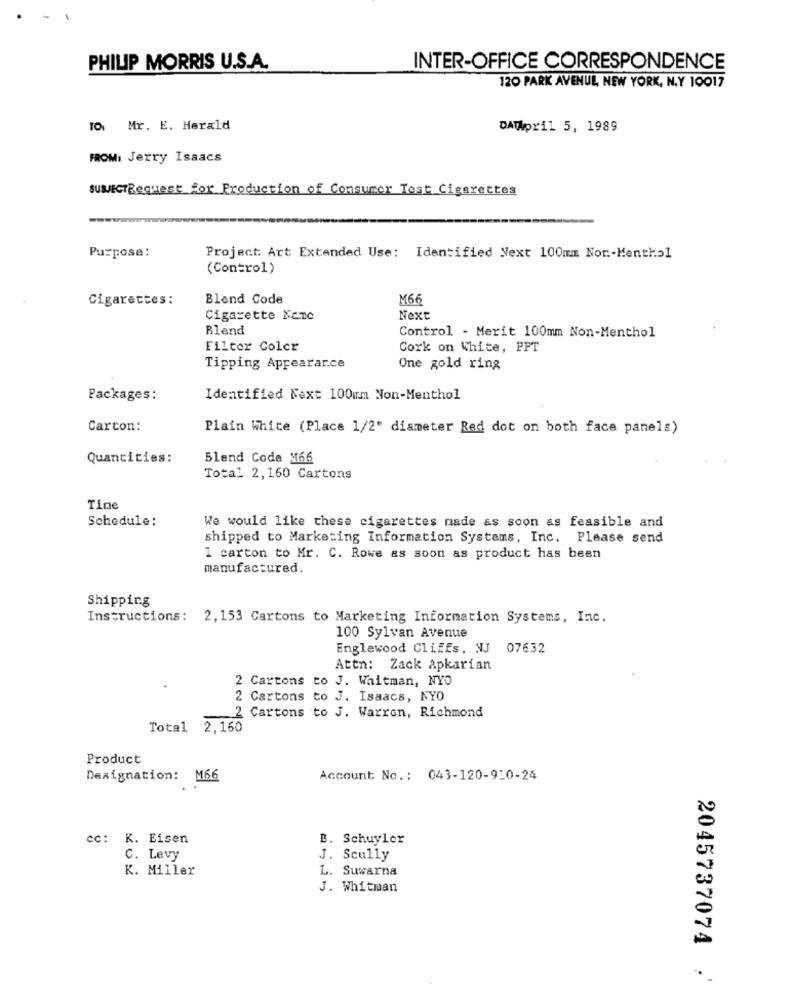
PHILIP MORRIS U.S.A.
INTER-OFFICE CORRESPONDENCE
120 PARK AVENUE, NEW YORK, N.Y 10017
10. Mr. E. Herald
DATApril 5, 1989
FROM: Jerry Isaacs
SUBJECTRequest for Production of Consumer Tost Cigarettes
Purpose:
Project: Art Extended Use: Identified Next 100mm Nor .- Menthol
(Control)
Cigarettes:
Blend Code
M66
Cigarette Nene
Next
Blend
Control - Merit 100mm Non-Menthol
Filter Coler
Cork on White, PPT
Tipping Appeararce
One gold ring
Packages:
Identified Next 100mm Non-Menthol
Carton:
Plain White (Place 1/2" diameter Red dot on both face panels)
Quantities:
Blend Code X66
Total 2,160 Cartons
Tine
Schedule:
We would like these cigarettes nade as soon as feasible and
shipped to Marketing Information Systems, Inc. Please send
1 carton to Mr. C. Rowe as soon as product has been
manufactured.
Shipping
Instructions: 2, 153 Cartons to Marketing Information Systems, Inc.
100 Sylvan Avenue
Englewood Cliffs, NJ 07632
Attn: Zack Apkarian
2 Cartons to J. Whitman, NYO
2 Cartons to J. Isaacs, NYO
2 Cartons to J. Warren, Richmond
Total 2,160
Product
Designation: M66
Account: No. : 043-120-910-24
cc: K. Eisen
B. Schuyler
C. Levy
J. Scully
K. Miller
L. Suwarna
J. Whitman
2045737074